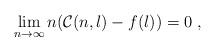
LaTeX: \begin{align*}\displaystyle{\lim_{n\rightarrow\infty}n(\mathcal{C}(n,l)-f(l))=0}\ ,\end{align*}